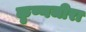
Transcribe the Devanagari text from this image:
कृष्णजीरा